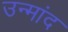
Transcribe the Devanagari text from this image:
उन्मांद